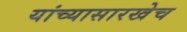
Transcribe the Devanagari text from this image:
यांच्यासारखेच